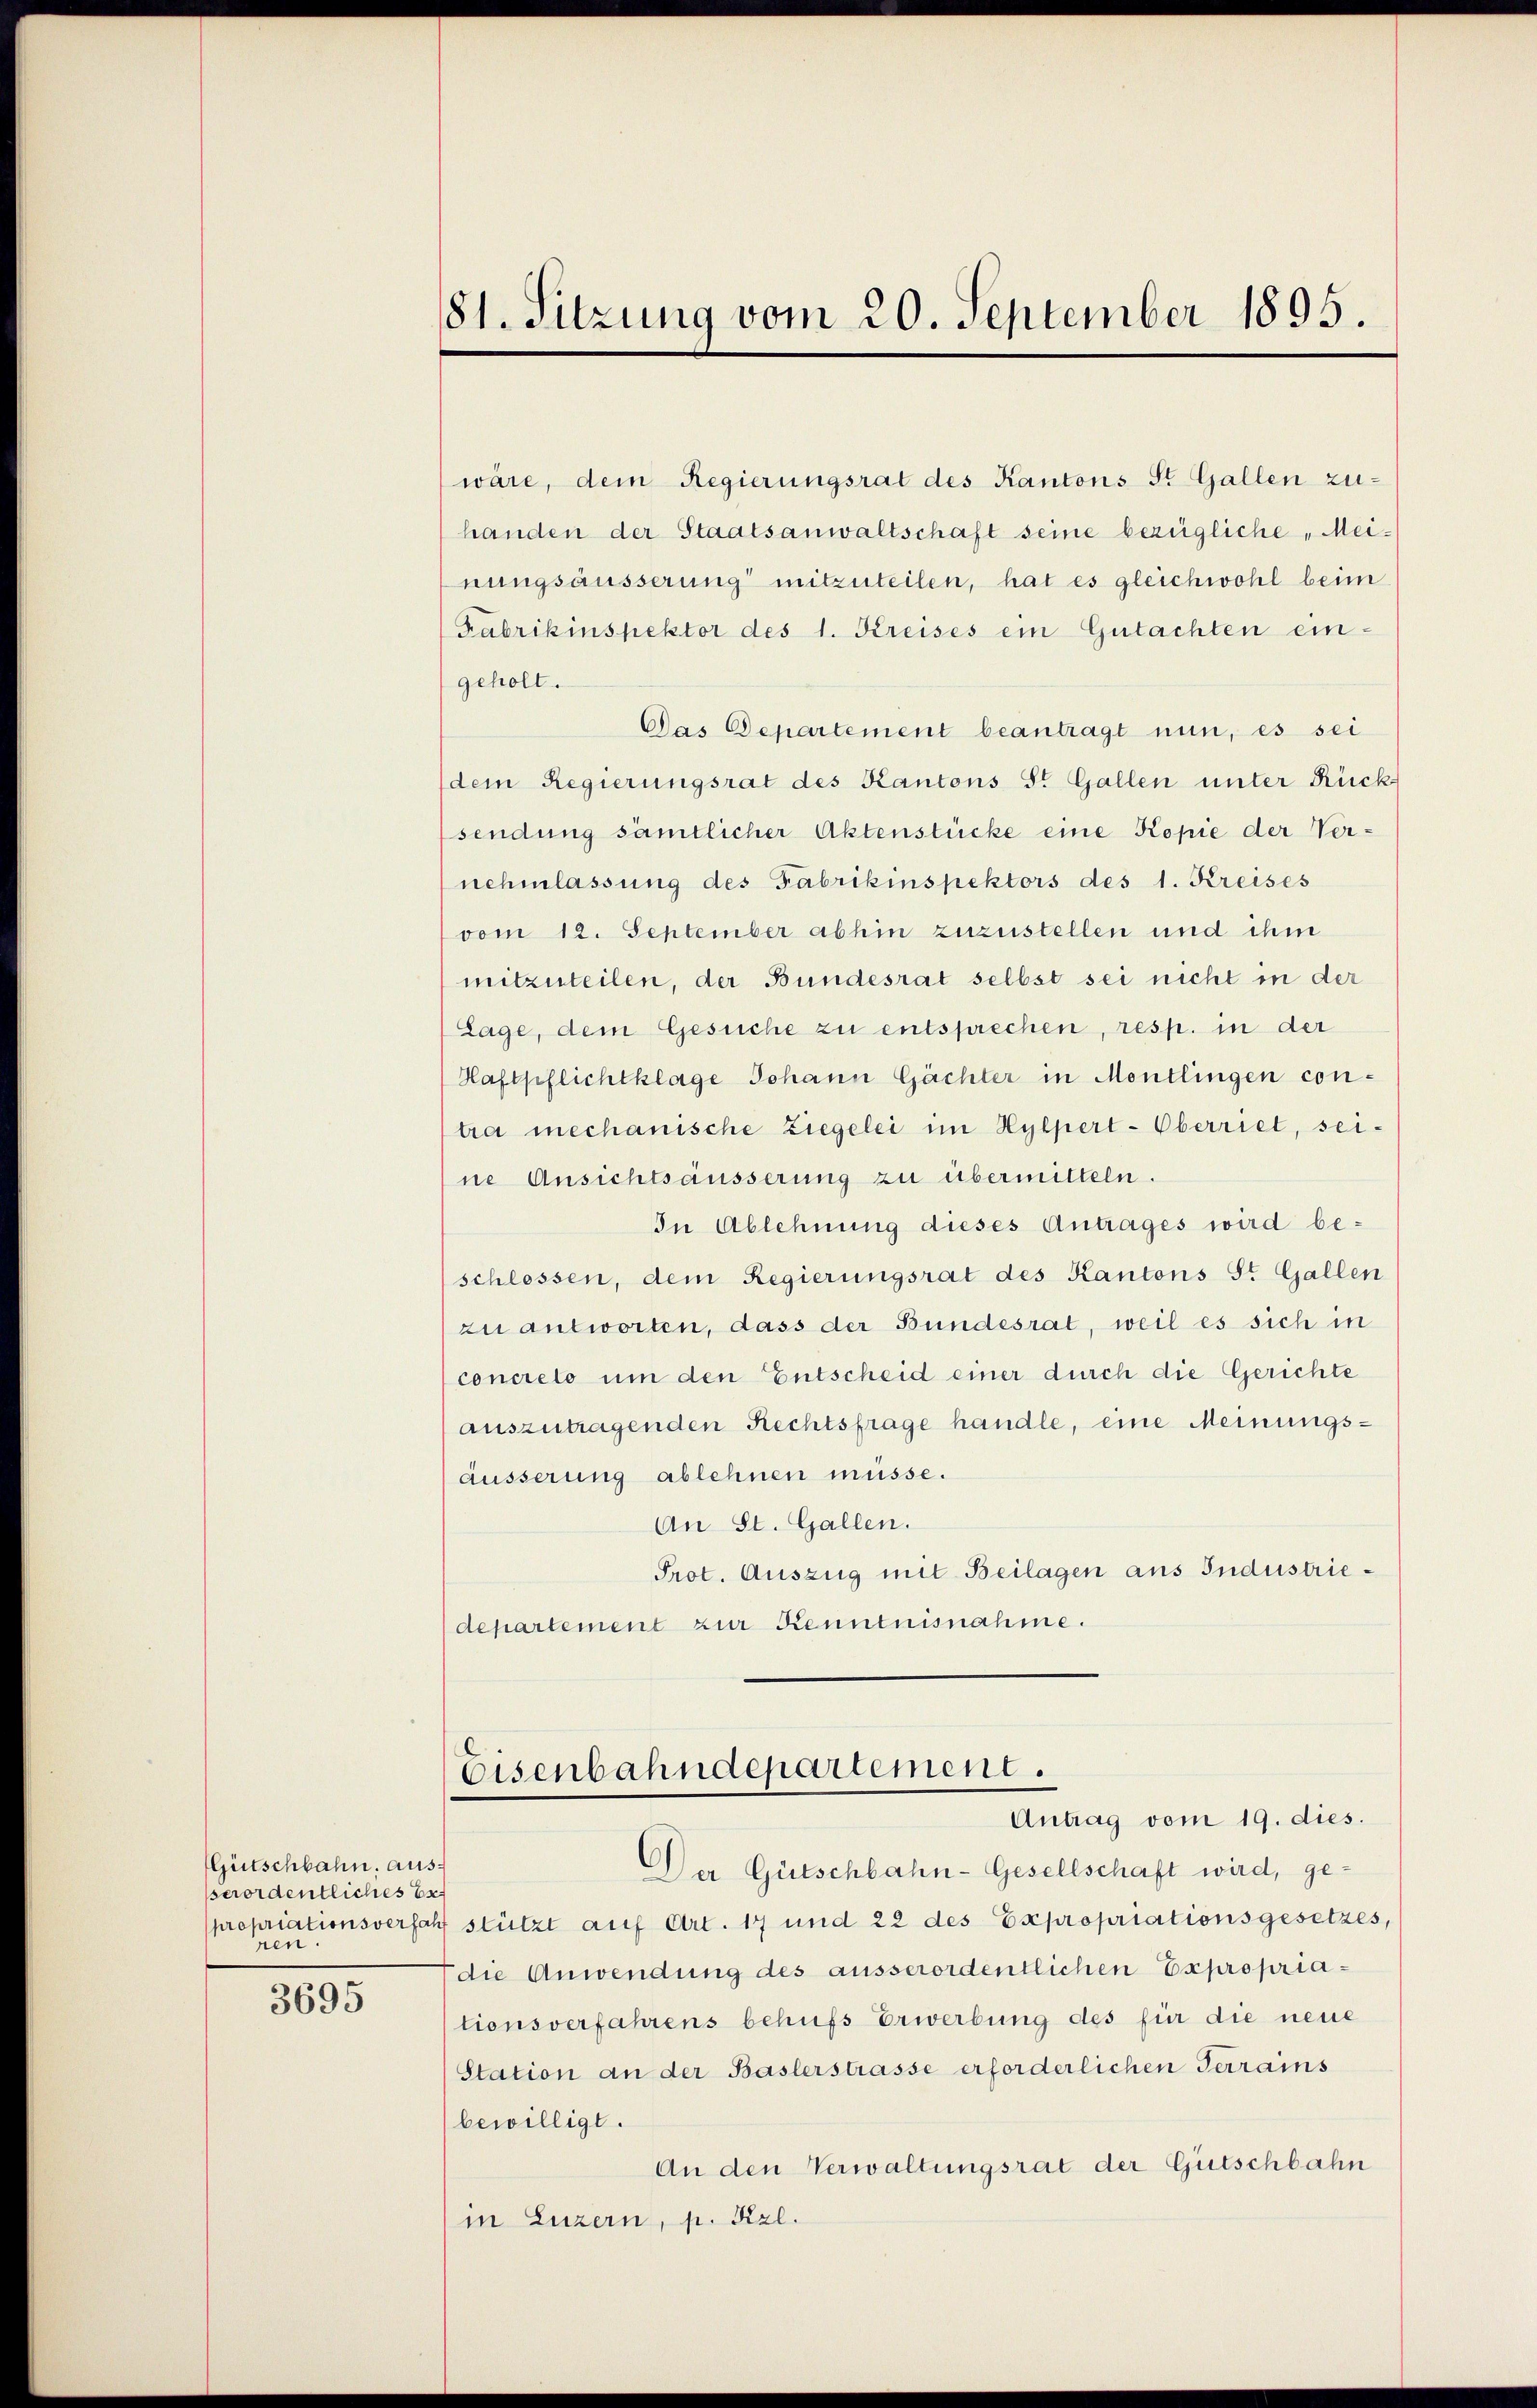
Gütschbahn, ausserordentliches Er
nen.

3695

81. Sitzung vom 20. September 1895.

wäre, dem Regierungsrat des Kantons St. Gallen zu-
handen der Staatsanwaltschaft seine bezügliche „Meinungsäusserung mitzuteilen, hat es gleichwohl beim
Fabrikinspektor des 1. Kreises ein Gutachten eingeholt.
Das Departement beantragt nun, es sei
(dem Regierungsrat des Kantons St. Gallen unter Rück
sendung sämtlicher Aktenstücke eine Kopie der Vernehmlassung des Fabrikinspektors des 1. Kreises
vom 12. September abhin zuzustellen und ihm
mitzuteilen, der Bundesrat selbst sei nicht in der
Lage, dem Gesuche zu entsprechen, resp. in der
Haftpflichtklage Johann Gächter in Montlingen con-
tra mechanische Ziegelei im Hylpert-Oberriet, seine Ansichtsäusserung zu übermitteln.
In Ablehnung dieses Antrages wird beschlossen, dem Regierungsrat des Kantons St. Gallen
zu antworten, dass der Bundesrat, weil es sich in
concreto um den Entscheid einer durch die Gerichte
auszutragenden Rechtsfrage handle, eine Meinungsäusserung ablehnen müsse.
An St. Gallen.
Prot. Auszug mit Beilagen aus Industriedepartement zur Kenntnisnahme.

Eisenbahndepartement.
Antrag vom 19. dies.

Der Gütschbahn-Gesellschaft wird, ge-
propriationsverfahr stützt auf Art. 17 und 22 des Expropriationsgesetzes,
die Anwendung des ausserordentlichen Expropriationsverfahrens behufs Erwerbung des für die neue
(Station an der Baslerstrasse erforderlichen Terrains
bewilligt.
An den Verwaltungsrat der Gütschbahn
in Luzern, p. Kzl.